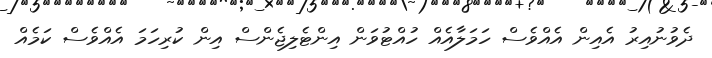
ދެވުނުއިރު އެއިން އެއްވެސް ހަމަލާއެއް ހުއްޓުވަން އިންޓެލިޖެންސް އިން ކުރިހަމަ އެއްވެސް ކަމެއް